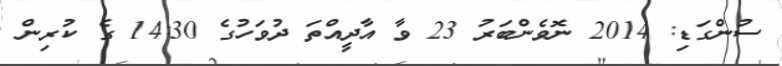
ސުންގަޑި: 2014 ނޮވެންބަރު 23 ވާ އާދީއްތަ ދުވަހުގެ 14:30 ގެ ކުރިން